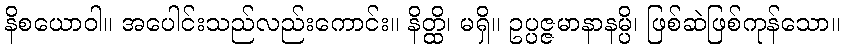
နိစယောဝါ။ အပေါင်းသည်လည်းကောင်း။ နိတ္ထိ၊ မရှိ။ ဥပ္ပဇ္ဇမာနာနမ္ပိ၊ ဖြစ်ဆဲဖြစ်ကုန်သော။